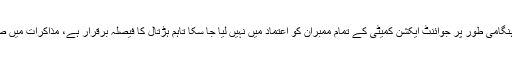
جوائنٹ ایکشن کمیٹی کے چیئرمین میاں محمد نعیم نے کہا کہ گورنر پنجاب کی اچانک آمد ہوئی ، ہنگامی طور پر جوائنٹ ایکشن کمیٹی کے تمام ممبران کو اعتماد میں نہیں لیا جا سکا تاہم ہڑتال کا فیصلہ برقرار ہے، مذاکرات میں صرف ہڑتال موخر کرنے کا اعلان کیا ہے اگر دو ہفتے میں مسئلہ حل نہ ہوا تو ہڑتال ضرور ہو گی۔